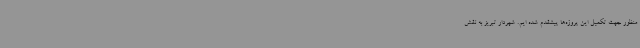
منظور جهت تکمیل این پروژه‌ها پیشقدم شده ایم. شهردار تبریز به نقش